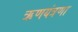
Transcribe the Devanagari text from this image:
ऋणयंत्रणा